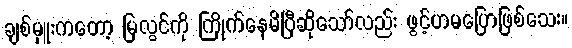
ချစ်မှူးကတော့ မြလွင်ကို ကြိုက်နေမိပြီဆိုသော်လည်း ဖွင့်ဟမပြောဖြစ်သေး။